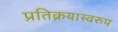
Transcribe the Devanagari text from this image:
प्रतिक्रयास्वरुप